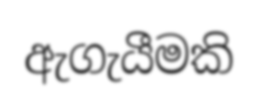
ඇගැයීමකි